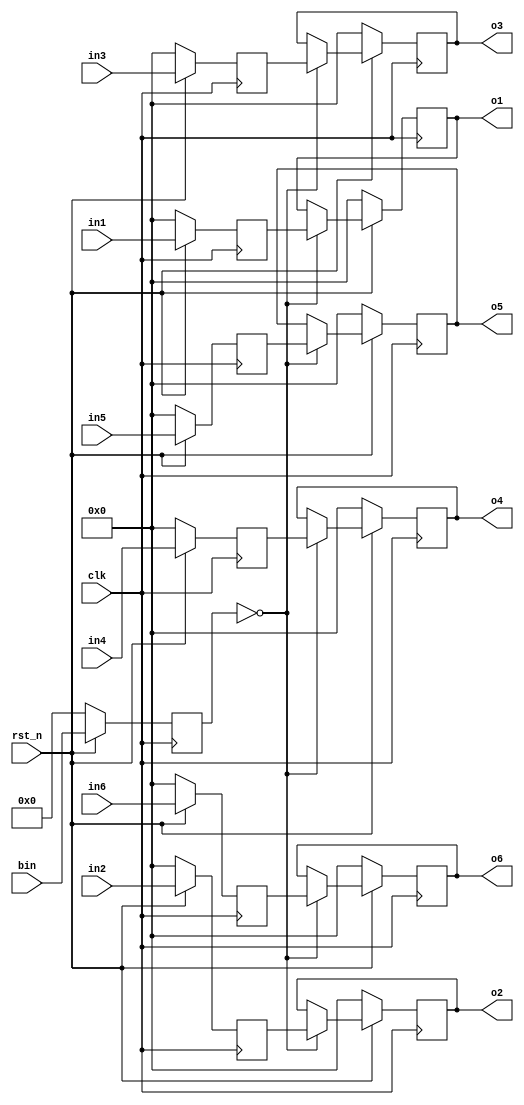
`timescale 1ns / 1ps
//////////////////////////////////////////////////////////////////////////////////
//                                                                              //
//                                                                              //
//          msq@qq.com                                                          //
//          ALINX(shanghai) Technology Co.,Ltd                                  //
//          heijin                                                              //
//     WEB: http://www.alinx.cn/                                                //
//     BBS: http://www.heijin.org/                                              //
//                                                                              //
//////////////////////////////////////////////////////////////////////////////////
//                                                                              //
// Copyright (c) 2017,ALINX(shanghai) Technology Co.,Ltd                        //
//                    All rights reserved                                       //
//                                                                              //
// This source file may be used and distributed without restriction provided    //
// that this copyright statement is not removed from the file and that any      //
// derivative work contains the original copyright notice and the associated    //
// disclaimer.                                                                  //
//                                                                              //
//////////////////////////////////////////////////////////////////////////////////

//==========================================================================
//  Revision History:
//  Date          By            Revision    Change Description
//--------------------------------------------------------------------------
//  2017/6/19     meisq         1.0         Original
//*************************************************************************/

module CMPTrig(
                 input          clk,
                 input          rst_n,
				 input [6:0]    in1,
				 input [6:0]    in2,
				 input [6:0]    in3,
				 input [6:0]    in4,
				 input [6:0]    in5,
				 input [6:0]    in6,
				 input [31:0]   bin,
                 output reg[6:0]o1,
                 output reg[6:0]o2,
				 output reg[6:0]o3,
				 output reg[6:0]o4,
				 output reg[6:0]o5,
				 output reg[6:0]o6
                );

reg[31:0] last;
reg[31:0] now;

reg[6:0]mid1;
reg[6:0]mid2;
reg[6:0]mid3;
reg[6:0]mid4;
reg[6:0]mid5;
reg[6:0]mid6;

always@(posedge clk) 
begin
    if(rst_n==0)
    begin
        last <= 32'd0;
        now <= 32'd0;
    end
    else
    begin
        now <= bin;
        last <= now;
    end
end

always@(posedge clk) 
begin
    if(rst_n==0)
    begin
        mid1 <= 7'd0;
		mid2 <= 7'd0;
		mid3 <= 7'd0;
		mid4 <= 7'd0;
		mid5 <= 7'd0;
		mid6 <= 7'd0;
    end
    else
    begin
        mid1 <= in1;
        mid2 <= in2;
		mid3 <= in3;
		mid4 <= in4;
		mid5 <= in5;
		mid6 <= in6;
    end
end

always@(posedge clk) 
begin
    if(rst_n==0)
    begin
        o1 <= 7'd0;
        o2 <= 7'd0;
		o3 <= 7'd0;
		o4 <= 7'd0;
		o5 <= 7'd0;
		o6 <= 7'd0;
    end
    else if(now == 32'd0)
    begin
        o1 <= mid1;
        o2 <= mid2;
		o3 <= mid3;
		o4 <= mid4;
		o5 <= mid5;
		o6 <= mid6;
    end
end

endmodule